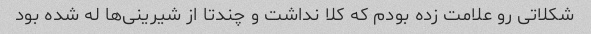
شکلاتی رو علامت زده بودم که کلا نداشت و چندتا از شیرینی‌ها له شده بود